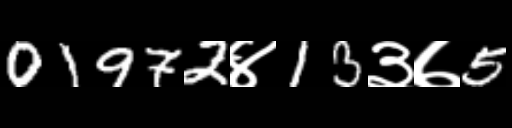
Text: 01972४13३७5